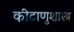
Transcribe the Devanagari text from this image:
कीटाणुशास्त्र